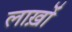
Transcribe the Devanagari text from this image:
लाख़ों